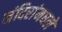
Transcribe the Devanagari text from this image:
मंदिरांमधले